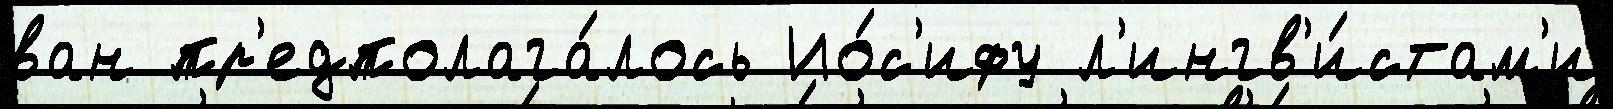
ван пр'едполага́лось Ио́с'ифу л'ингв'и́стам'и